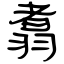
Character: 翥